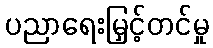
ပညာရေးမြှင့်တင်မှု